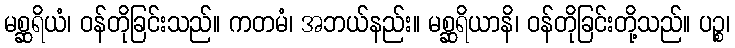
မစ္ဆရိယံ၊ ဝန်တိုခြင်းသည်။ ကတမံ၊ အဘယ်နည်း။ မစ္ဆရိယာနိ၊ ဝန်တိုခြင်းတို့သည်။ ပဉ္စ၊